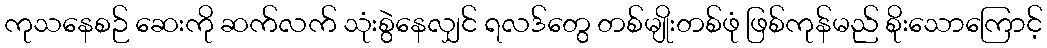
ကုသနေစဉ် ဆေးကို ဆက်လက် သုံးစွဲနေလျှင် ရလဒ်တွေ တစ်မျိုးတစ်ဖုံ ဖြစ်ကုန်မည် စိုးသောကြောင့်